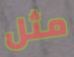
مثل